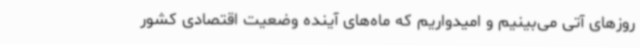
روزهای آتی می‌بینیم و امیدواریم که ماه‌های آینده وضعیت اقتصادی کشور